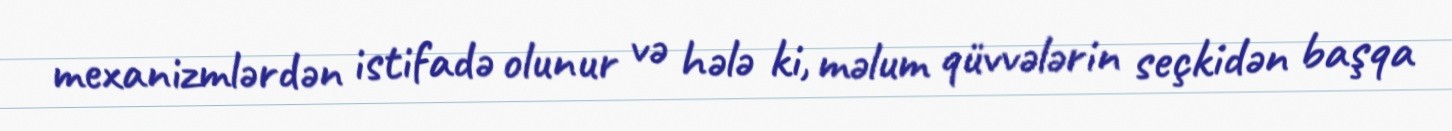
mexanizmlərdən istifadə olunur və hələ ki, məlum qüvvələrin seçkidən başqa